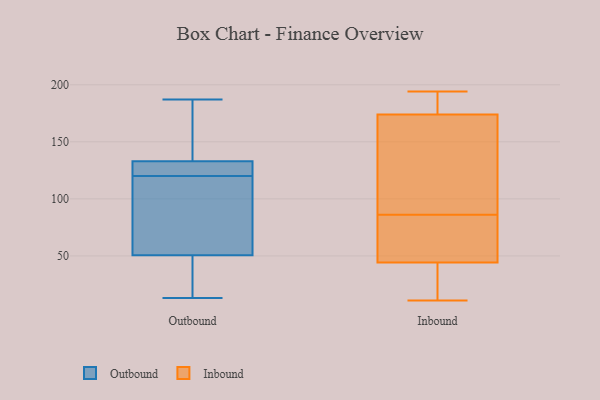
{"axis": {"x": "Production Output", "y": "Value"}, "legend": ["Inbound", "Outbound"], "data": [{"x": "", "y": 120, "type": "Outbound"}, {"x": "", "y": 52, "type": "Outbound"}, {"x": "", "y": 134, "type": "Outbound"}, {"x": "", "y": 187, "type": "Outbound"}, {"x": "", "y": 16, "type": "Outbound"}, {"x": "", "y": 13, "type": "Outbound"}, {"x": "", "y": 140, "type": "Outbound"}, {"x": "", "y": 130, "type": "Outbound"}, {"x": "", "y": 50, "type": "Outbound"}, {"x": "", "y": 128, "type": "Outbound"}, {"x": "", "y": 52, "type": "Outbound"}, {"x": "", "y": 23, "type": "Inbound"}, {"x": "", "y": 194, "type": "Inbound"}, {"x": "", "y": 103, "type": "Inbound"}, {"x": "", "y": 180, "type": "Inbound"}, {"x": "", "y": 11, "type": "Inbound"}, {"x": "", "y": 48, "type": "Inbound"}, {"x": "", "y": 179, "type": "Inbound"}, {"x": "", "y": 149, "type": "Inbound"}, {"x": "", "y": 43, "type": "Inbound"}, {"x": "", "y": 54, "type": "Inbound"}, {"x": "", "y": 24, "type": "Inbound"}, {"x": "", "y": 194, "type": "Inbound"}, {"x": "", "y": 86, "type": "Inbound"}, {"x": "", "y": 159, "type": "Inbound"}, {"x": "", "y": 74, "type": "Inbound"}]}